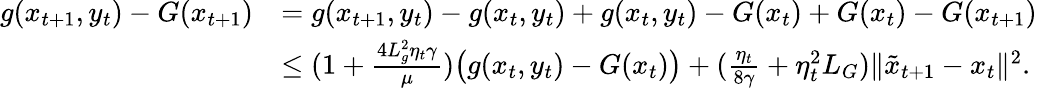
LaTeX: \begin{array}{rl}{g(x_{t+1},y_{t})-G(x_{t+1})}&{=g(x_{t+1},y_{t})-g(x_{t},y_{t})+g(x_{t},y_{t})-G(x_{t})+G(x_{t})-G(x_{t+1})}\\ &{\leq(1+\frac{4L_{g}^{2}\eta_{t}\gamma}{\mu})\big(g(x_{t},y_{t})-G(x_{t})\big)+(\frac{\eta_{t}}{8\gamma}+\eta_{t}^{2}L_{G})\| \tilde{x}_{t+1}-x_{t}\| ^{2}.}\end{array}